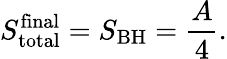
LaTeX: S_{\mathrm{total}}^{\mathrm{final}}=S_{\mathrm{BH}}=\frac{A}{4}.